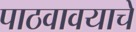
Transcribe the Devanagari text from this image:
पाठवावयाचे